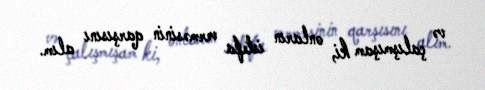
və çalışmışam ki, onların istefa verməsinin qarşısını alım.